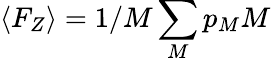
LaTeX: \langle F_{Z}\rangle=1/M\sum_{M}p_{M}M